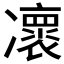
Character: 𠘠